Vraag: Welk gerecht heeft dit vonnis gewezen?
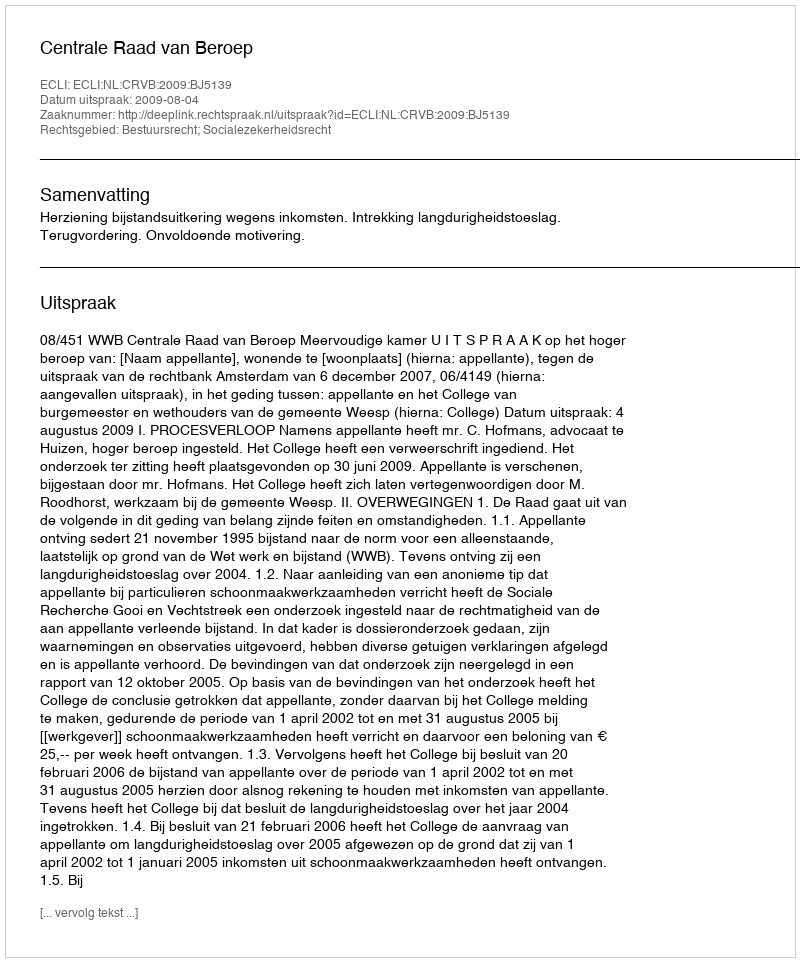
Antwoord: Centrale Raad van Beroep